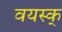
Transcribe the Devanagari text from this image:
वयस्क्